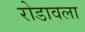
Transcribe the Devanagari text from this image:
रोडावला